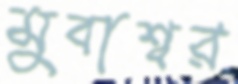
মুবাশ্বর